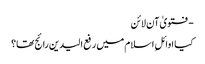
- فتویٰ آن لائن
کیا اوائلِ اسلام میں‌ رفع الیدین رائج تھا؟